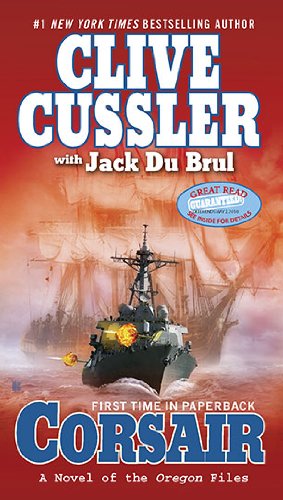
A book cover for Corsair (The Oregon Files); Clive Cussler; Literature & Fiction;